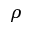
\rho